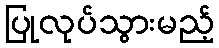
ပြုလုပ်သွားမည့်